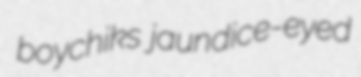
boychiks jaundice-eyed